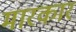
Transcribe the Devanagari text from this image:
मारकार